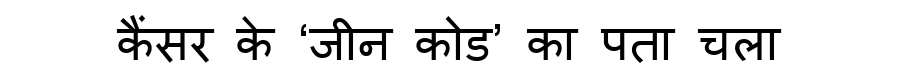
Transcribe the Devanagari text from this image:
कैंसर के ‘जीन कोड’ का पता चला